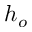
h _ { o }